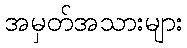
အမှတ်အသားများ